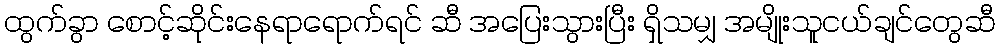
ထွက်ခွာ စောင့်ဆိုင်းနေရာရောက်ရင် ဆီ အပြေးသွားပြီး ရှိသမျှ အမျိုးသူငယ်ချင်တွေဆီ